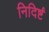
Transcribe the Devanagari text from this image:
निदिर्ष्टं